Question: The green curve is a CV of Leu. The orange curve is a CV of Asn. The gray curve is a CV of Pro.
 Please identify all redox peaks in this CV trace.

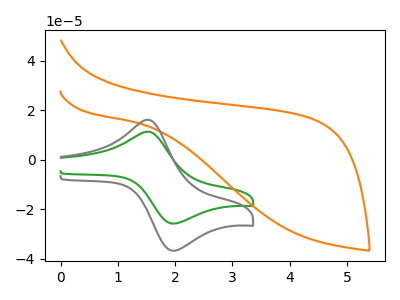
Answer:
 <answer>The green curve "Leu" has an anodic peak at (1.55V, 11.35uA) and a cathodic peak at (2.00V, -25.80uA). The orange curve "Asn" has no peaks. The gray curve "Pro" has an anodic peak at (1.55V, 16.20uA) and a cathodic peak at (2.00V, -36.75uA).</answer>
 <eval></eval>